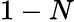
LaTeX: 1-N